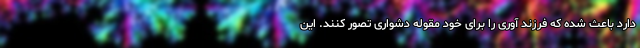
دارد باعث شده که فرزند آوری را برای خود مقوله دشواری تصور کنند. این